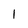
Character: l